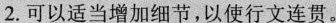
2.可以适当增加细节，以使行文连贯。